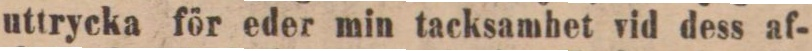
uttrycka för eder min tacksamhet vid dess af-